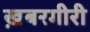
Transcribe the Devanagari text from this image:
ख़बरगीरी